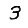
Digit: 3